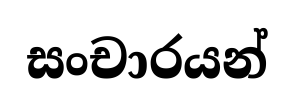
සංචාරයන්